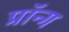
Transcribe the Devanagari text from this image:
प्रॉन्ग